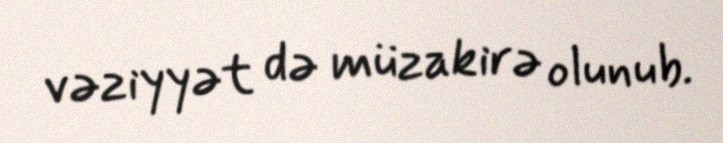
vəziyyət də müzakirə olunub.